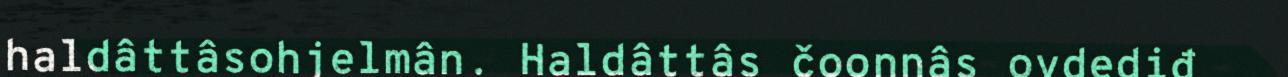
haldâttâsohjelmân. Haldâttâs čoonnâs ovdediđ